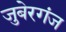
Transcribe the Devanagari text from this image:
जुबेरगंज